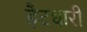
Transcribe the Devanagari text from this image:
हैटधारी